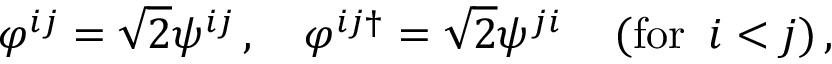
\varphi ^ { i j } = \sqrt { 2 } \psi ^ { i j } \, , \quad \varphi ^ { i j \dagger } = \sqrt { 2 } \psi ^ { j i } \, \quad \mathrm { ( f o r } \, \, \, i < j \mathrm { ) } \, ,